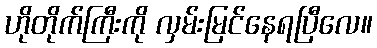
ဟိုတိုက်ကြီးကို လှမ်းမြင်နေရပြီလေ။